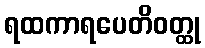
ရထကာရပေတိဝတ္ထု